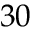
3 0